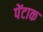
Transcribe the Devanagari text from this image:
पेंटाक